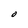
Character: O